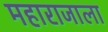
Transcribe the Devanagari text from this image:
महाराजाला